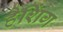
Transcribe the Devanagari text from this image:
हैशिंग